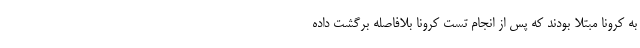
به کرونا مبتلا بودند که پس از انجام تست کرونا بلافاصله برگشت داده